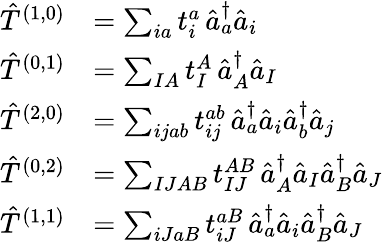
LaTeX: \begin{array}{rl}{\hat{T}^{(1,0)}}&{=\sum_{ia}t_{i}^{a}\, \hat{a}_{a}^{\dagger}\hat{a}_{i}}\\ {\hat{T}^{(0,1)}}&{=\sum_{IA}t_{I}^{A}\, \hat{a}_{A}^{\dagger}\hat{a}_{I}}\\ {\hat{T}^{(2,0)}}&{=\sum_{ijab}t_{ij}^{ab}\, \hat{a}_{a}^{\dagger}\hat{a}_{i}\hat{a}_{b}^{\dagger}\hat{a}_{j}}\\ {\hat{T}^{(0,2)}}&{=\sum_{IJAB}t_{IJ}^{AB}\, \hat{a}_{A}^{\dagger}\hat{a}_{I}\hat{a}_{B}^{\dagger}\hat{a}_{J}}\\ {\hat{T}^{(1,1)}}&{=\sum_{iJaB}t_{iJ}^{aB}\, \hat{a}_{a}^{\dagger}\hat{a}_{i}\hat{a}_{B}^{\dagger}\hat{a}_{J}}\end{array}